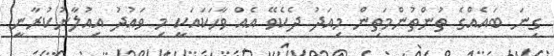
ގިނަ ބައެއްގެ ތުންތުންމަތިން މިއަދު ދެކެވޭ އެއް ވާހަކައަކީ މި ވައުދު އިއުލާނުކުރާނީ